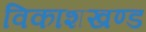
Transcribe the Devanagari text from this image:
विकाशखण्ड